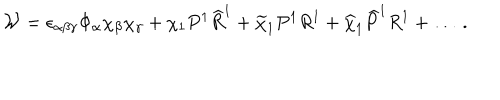
LaTeX: { \cal W } = \epsilon _ { \alpha \beta \gamma } \Phi _ { \alpha } \chi _ { \beta } \chi _ { \gamma } + \chi _ { 1 } P ^ { 1 } { \widehat R } ^ { 1 } + { \widetilde \chi } _ { 1 } P ^ { 1 } R ^ { 1 } + { \widehat \chi } _ { 1 } { \widehat P } ^ { 1 } R ^ { 1 } + \dots ~ .